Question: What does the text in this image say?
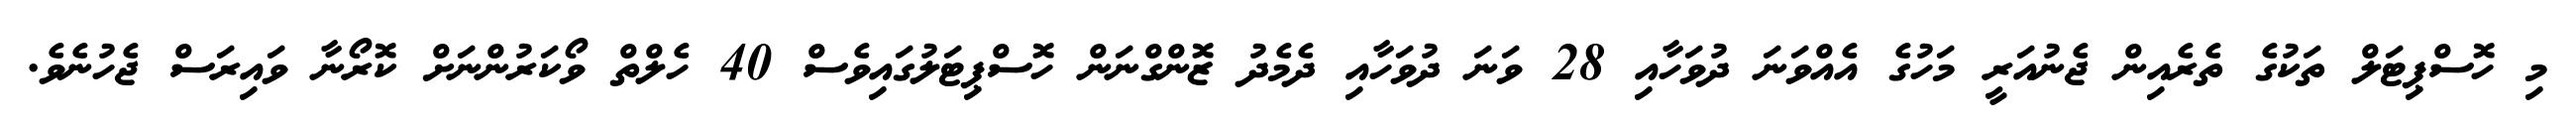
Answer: މި ހޮސްޕިޓަލް ތަކުގެ ތެރެއިން ޖެނުއަރީ މަހުގެ އެއްވަނަ ދުވަހާއި 28 ވަނަ ދުވަހާއި ދެމެދު ޒޮންގްނަން ހޮސްޕިޓަލުގައިވެސް 40 ހެލްތް ވޯކަރުންނަށް ކޮރޯނާ ވައިރަސް ޖެހުނެވެ.